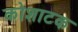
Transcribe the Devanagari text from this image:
कोशाटक